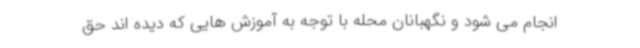
انجام می شود و نگهبانان محله با توجه به آموزش هایی که دیده اند حق